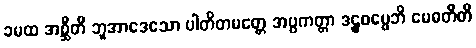
ခမထ အစ္ဆီတိ ဘူအာဒေသော ပါတိတမတ္တေ အပ္ပကတ္တာ ဒဠှဓမ္မေဘိ မေဓတီတိ